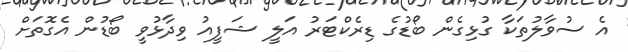
އެ ސުވާލުތަކާ ގުޅިގެން ބޯޑުގެ ޑިރެކްޓަރު އަލީ ޝަފީއު ވިދާޅުވީ ބޯޑުން އެގޮތަށް